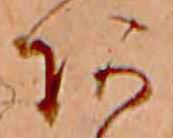
あ